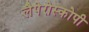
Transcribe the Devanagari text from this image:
लैपेरोस्कोपी